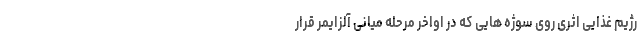
رژیم غذایی اثری روی سوژه هایی که در اواخر مرحله میانی آلزایمر قرار